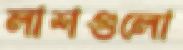
লাশগুলো